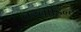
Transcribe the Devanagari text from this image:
तरवाडिन्टे